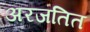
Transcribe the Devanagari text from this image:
अरजतित